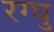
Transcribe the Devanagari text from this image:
रग्घु